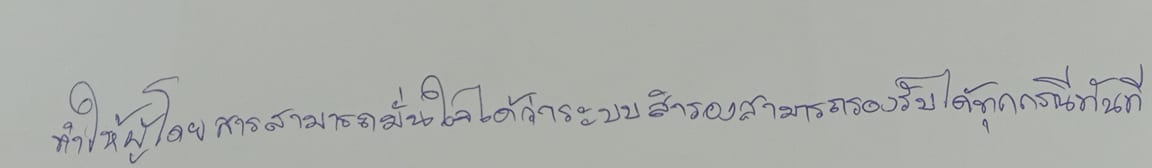
ทำให้ผู้โดยสารสามารถมั่นใจได้ว่าระบบสำรองสามารถรองรับได้ทุกกรณีทันที